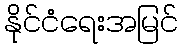
နိုင်ငံရေးအမြင်